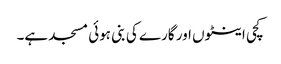
کچی اینٹوں اور گارے کی بنی ہوئی مسجد ہے۔